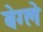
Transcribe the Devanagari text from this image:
बेग्ले